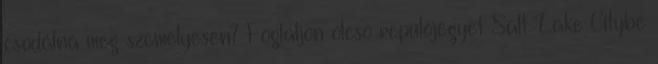
csodálná meg személyesen? Foglaljon olcsó repülőjegyet Salt Lake Citybe